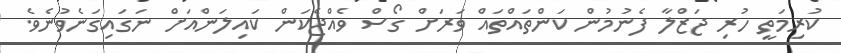
ކުރިމަތީ ހުރި ޖަޒްލާ ފެނުމުން ކަންތައްތައް ވަރަށް ގޯސް ވެއްޖެކަން ކައިލަންއަށް ނަގައިގަނެވުނެވެ.